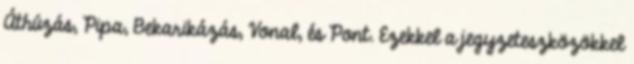
Áthúzás, Pipa, Bekarikázás, Vonal, és Pont. Ezekkel a jegyzeteszközökkel